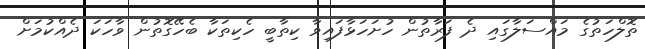
ތޮލްހަތުގެ މައްސަލާގައި ދެ ފަރާތުން ހުށަހަޅާފައިވާ ކިތާބީ ހެކިތަކާ ބެހޭގޮތުން ވާހަކަ ދެއްކުމަށް